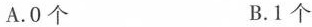
A.0个 B.1个